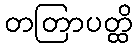
တတြာပတ္ထိ